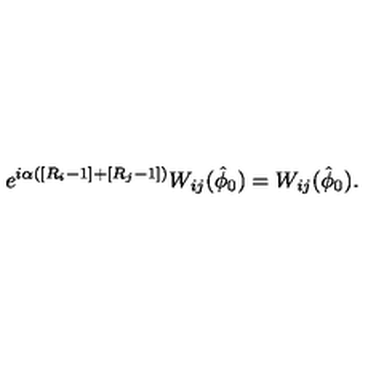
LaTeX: e ^ { i \alpha \left( \left[ R _ { i } - 1 \right] + \left[ R _ { j } - 1 \right] \right) } W _ { i j } ( \hat { \phi } _ { 0 } ) = W _ { i j } ( \hat { \phi } _ { 0 } ) .